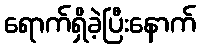
ရောက်ရှိခဲ့ပြီးနောက်